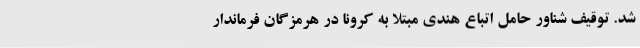
شد. توقیف شناور حامل اتباع هندی مبتلا به کرونا در هرمزگان فرماندار